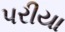
પરીયા